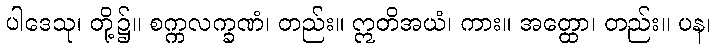
ပါဒေသု၊ တို့၌။ စက္ကလက္ခဏံ၊ တည်း။ ဣတိအယံ၊ ကား။ အတ္ထော၊ တည်း။ ပန၊